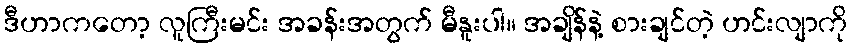
ဒီဟာကတော့ လူကြီးမင်း အခန်းအတွက် မီနူးပါ။ အချိန်နဲ့ စားချင်တဲ့ ဟင်းလျာကို